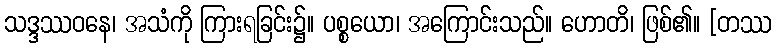
သဒ္ဒဿဝနေ၊ အသံကို ကြားရခြင်း၌။ ပစ္စယော၊ အကြောင်းသည်။ ဟောတိ၊ ဖြစ်၏။ [တဿ